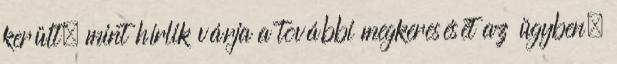
került, mint hírlik várja a további megkeresését az ügyben,